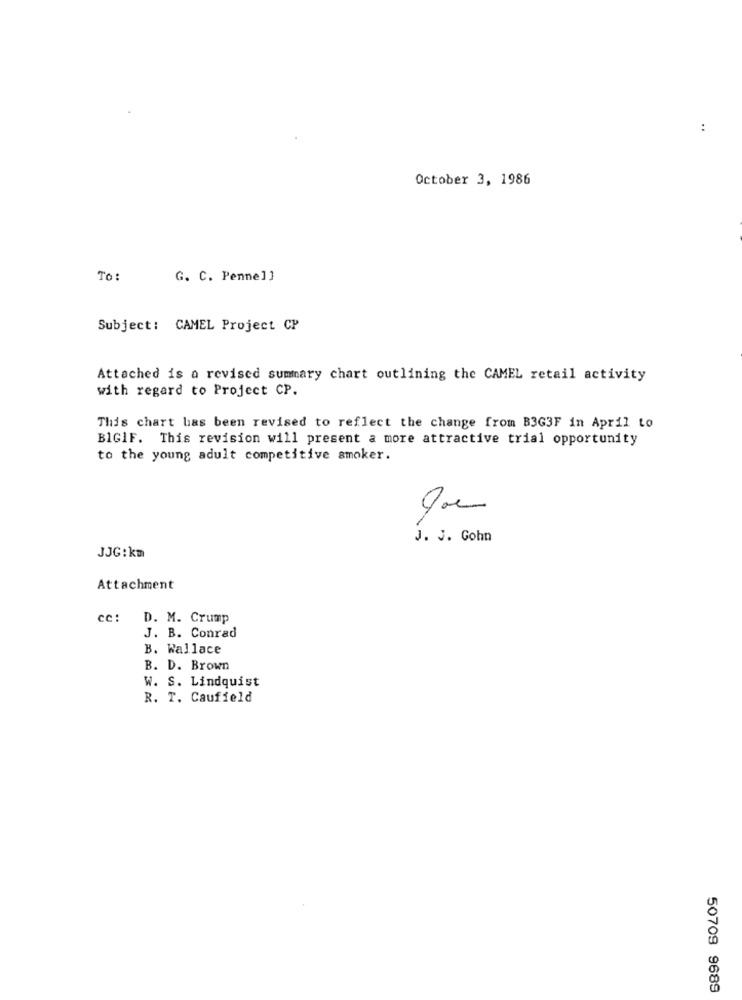
:
October 3, 1986
To:
G. C. Penne]]
Subject: CAMEL Project CP
Attached is a revised summary chart outlining the CAMEL retail activity
with regard to Project CP.
This chart has been revised to reflect the change from B3G3F in April to
BIGIF. This revision will present a more attractive trial opportunity
to the young adult competitive smoker.
J. J. Gohn
JJG: km
Attachment
cc:
D. M. Crump
J. B. Conrad
B. Wallace
B. D. Brown
W. S. Lindquist
R. T. Caufield
50709 9689